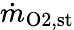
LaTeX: \dot{m}_{\mathrm{O2},\mathrm{{st}}}